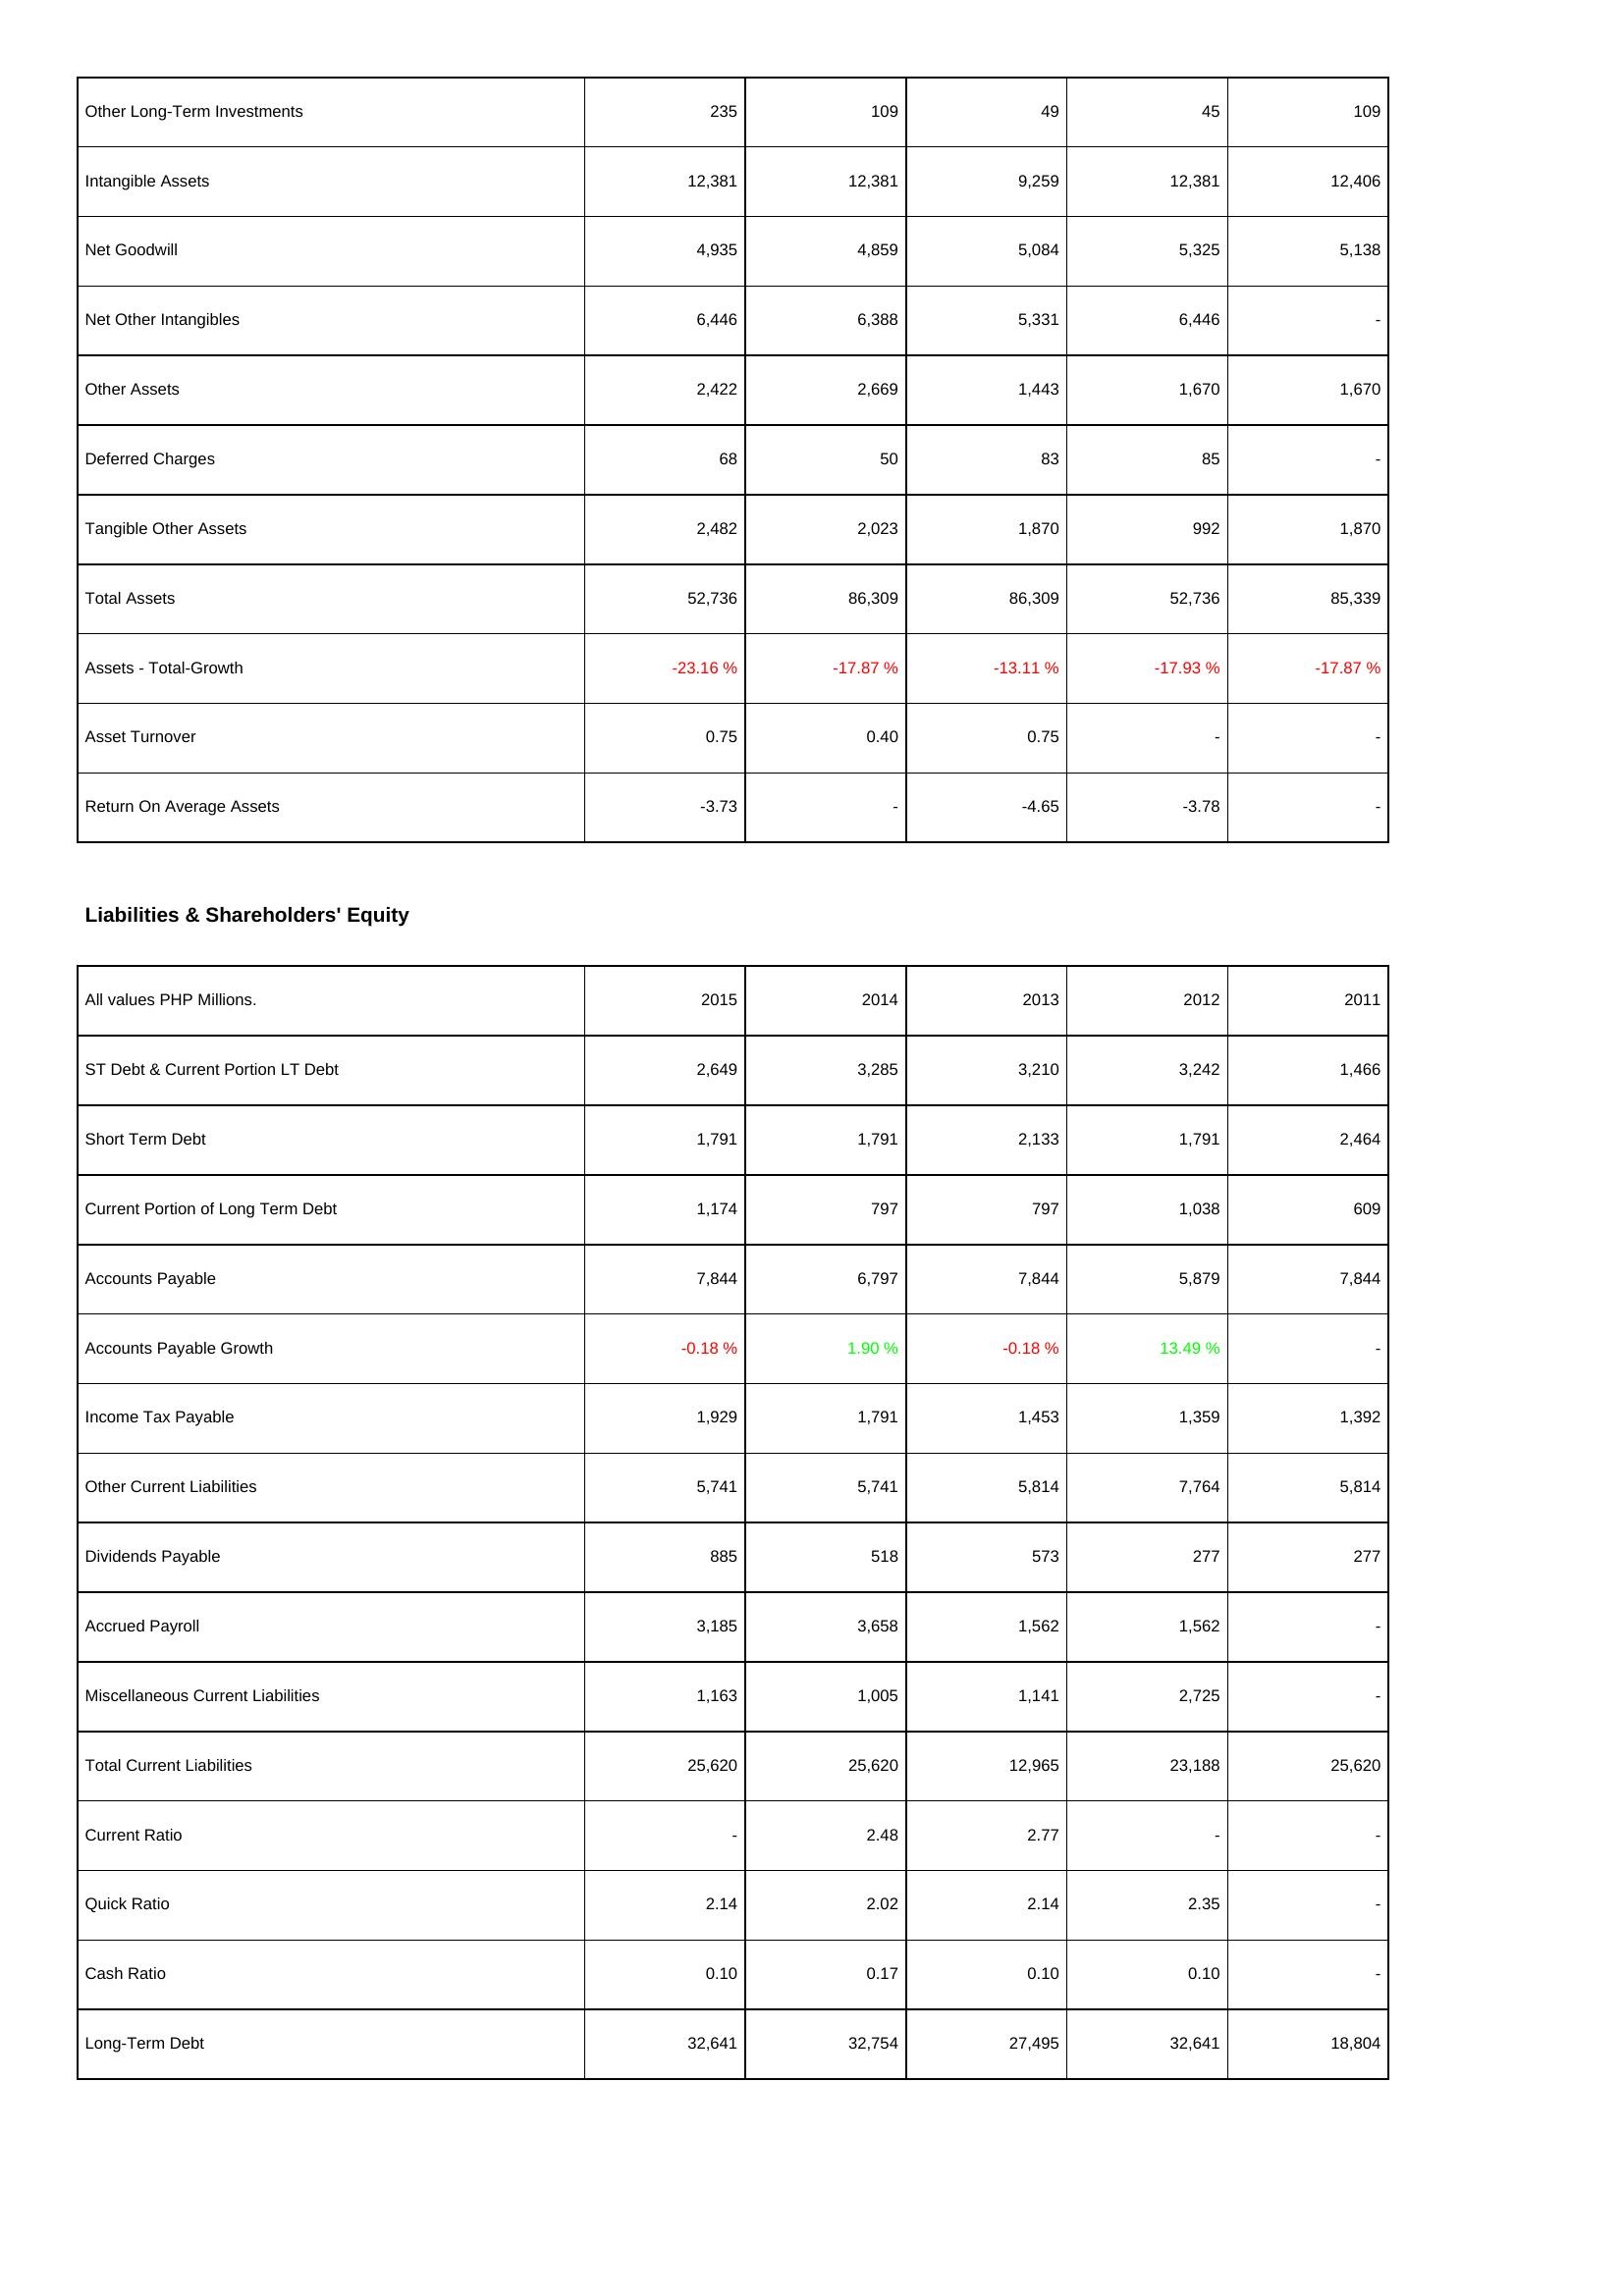
2015: Assets: Other Long-Term Investments: 235
Intangible Assets: 12,381
Net Goodwill: 4,935
Net Other Intangibles: 6,446
Other Assets: 2,422
Deferred Charges: 68
Tangible Other Assets: 2,482
Total Assets: 52,736
Assets - Total-Growth: -23.16 %
Asset Turnover: 0.75
Return On Average Assets: -3.73
Liabilities & Shareholders' Equity: ST Debt & Current Portion LT Debt: 2,649
Short Term Debt: 1,791
Current Portion of Long Term Debt: 1,174
Accounts Payable: 7,844
Accounts Payable Growth: -0.18 %
Income Tax Payable: 1,929
Other Current Liabilities: 5,741
Dividends Payable: 885
Accrued Payroll: 3,185
Miscellaneous Current Liabilities: 1,163
Total Current Liabilities: 25,620
Current Ratio: -
Quick Ratio: 2.14
Cash Ratio: 0.10
Long-Term Debt: 32,641
2014: Assets: Other Long-Term Investments: 109
Intangible Assets: 12,381
Net Goodwill: 4,859
Net Other Intangibles: 6,388
Other Assets: 2,669
Deferred Charges: 50
Tangible Other Assets: 2,023
Total Assets: 86,309
Assets - Total-Growth: -17.87 %
Asset Turnover: 0.40
Return On Average Assets: -
Liabilities & Shareholders' Equity: ST Debt & Current Portion LT Debt: 3,285
Short Term Debt: 1,791
Current Portion of Long Term Debt: 797
Accounts Payable: 6,797
Accounts Payable Growth: 1.90 %
Income Tax Payable: 1,791
Other Current Liabilities: 5,741
Dividends Payable: 518
Accrued Payroll: 3,658
Miscellaneous Current Liabilities: 1,005
Total Current Liabilities: 25,620
Current Ratio: 2.48
Quick Ratio: 2.02
Cash Ratio: 0.17
Long-Term Debt: 32,754
2013: Assets: Other Long-Term Investments: 49
Intangible Assets: 9,259
Net Goodwill: 5,084
Net Other Intangibles: 5,331
Other Assets: 1,443
Deferred Charges: 83
Tangible Other Assets: 1,870
Total Assets: 86,309
Assets - Total-Growth: -13.11 %
Asset Turnover: 0.75
Return On Average Assets: -4.65
Liabilities & Shareholders' Equity: ST Debt & Current Portion LT Debt: 3,210
Short Term Debt: 2,133
Current Portion of Long Term Debt: 797
Accounts Payable: 7,844
Accounts Payable Growth: -0.18 %
Income Tax Payable: 1,453
Other Current Liabilities: 5,814
Dividends Payable: 573
Accrued Payroll: 1,562
Miscellaneous Current Liabilities: 1,141
Total Current Liabilities: 12,965
Current Ratio: 2.77
Quick Ratio: 2.14
Cash Ratio: 0.10
Long-Term Debt: 27,495
2012: Assets: Other Long-Term Investments: 45
Intangible Assets: 12,381
Net Goodwill: 5,325
Net Other Intangibles: 6,446
Other Assets: 1,670
Deferred Charges: 85
Tangible Other Assets: 992
Total Assets: 52,736
Assets - Total-Growth: -17.93 %
Asset Turnover: -
Return On Average Assets: -3.78
Liabilities & Shareholders' Equity: ST Debt & Current Portion LT Debt: 3,242
Short Term Debt: 1,791
Current Portion of Long Term Debt: 1,038
Accounts Payable: 5,879
Accounts Payable Growth: 13.49 %
Income Tax Payable: 1,359
Other Current Liabilities: 7,764
Dividends Payable: 277
Accrued Payroll: 1,562
Miscellaneous Current Liabilities: 2,725
Total Current Liabilities: 23,188
Current Ratio: -
Quick Ratio: 2.35
Cash Ratio: 0.10
Long-Term Debt: 32,641
2011: Assets: Other Long-Term Investments: 109
Intangible Assets: 12,406
Net Goodwill: 5,138
Net Other Intangibles: -
Other Assets: 1,670
Deferred Charges: -
Tangible Other Assets: 1,870
Total Assets: 85,339
Assets - Total-Growth: -17.87 %
Asset Turnover: -
Return On Average Assets: -
Liabilities & Shareholders' Equity: ST Debt & Current Portion LT Debt: 1,466
Short Term Debt: 2,464
Current Portion of Long Term Debt: 609
Accounts Payable: 7,844
Accounts Payable Growth: -
Income Tax Payable: 1,392
Other Current Liabilities: 5,814
Dividends Payable: 277
Accrued Payroll: -
Miscellaneous Current Liabilities: -
Total Current Liabilities: 25,620
Current Ratio: -
Quick Ratio: -
Cash Ratio: -
Long-Term Debt: 18,804